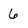
Character: 6